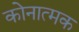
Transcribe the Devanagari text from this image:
कोनात्मक